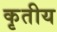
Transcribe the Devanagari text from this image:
कृतीय